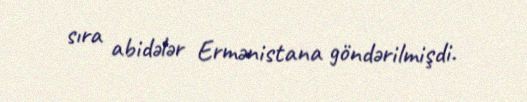
sıra abidələr Ermənistana göndərilmişdi.